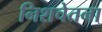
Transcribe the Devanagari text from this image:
निशचेतना